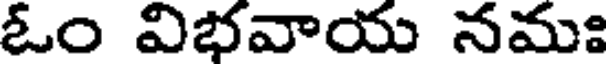
ఓం విభవాయ నమః